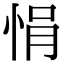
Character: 悁